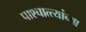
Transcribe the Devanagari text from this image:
पाश्चात्त्यांच्या